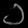
Digit: ၁